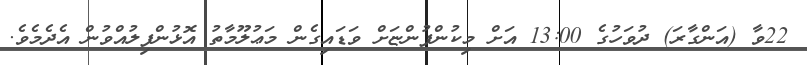
22ވާ (އަންގާރަ) ދުވަހުގެ 13:00 އަށް މިކުންފުންޏަށް ވަޑައިގެން މަޢުލޫމާތު އޮޅުންފިލުއްވުން އެދެމެވެ.